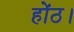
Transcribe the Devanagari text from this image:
होंठ।